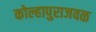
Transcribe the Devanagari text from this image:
कोल्हापुराजवळ